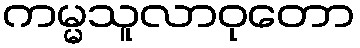
ကမ္မသူလာဝုတော